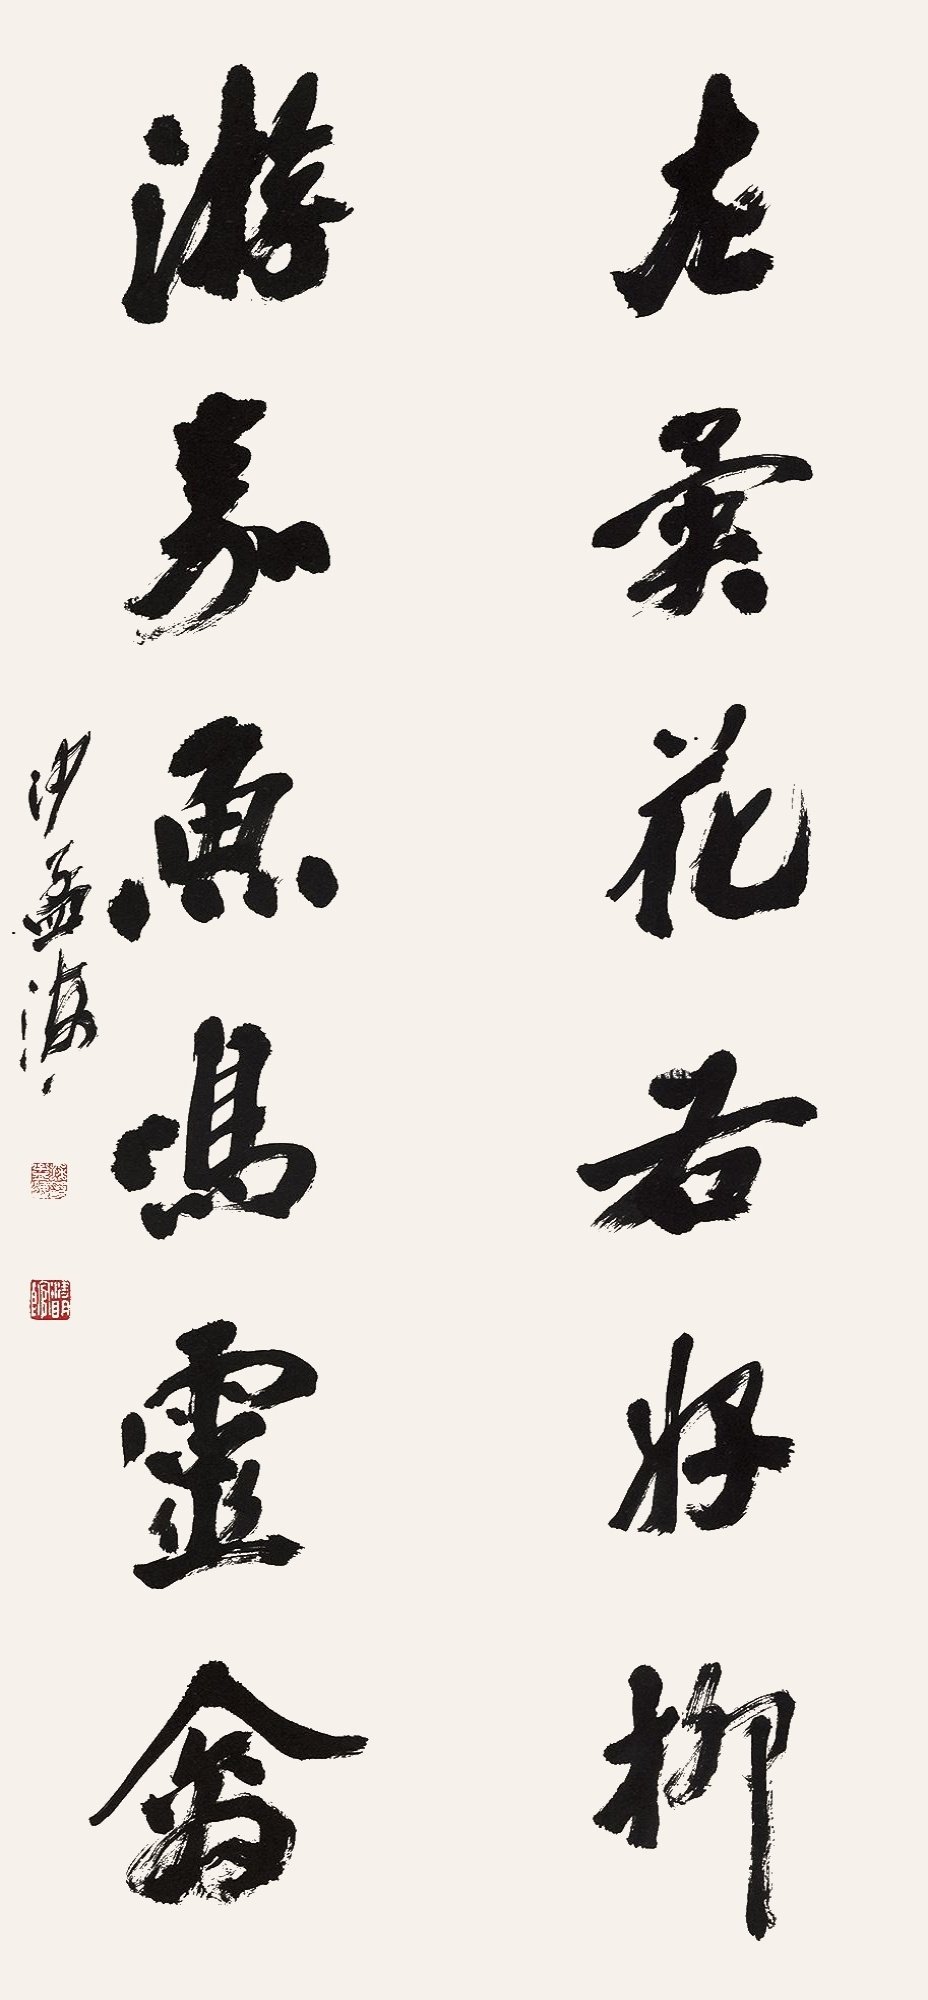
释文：左异花右好柳；游嘉鱼鸣灵禽。沙孟海。